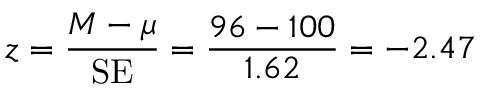
z = { \frac { M - \mu } { \mathrm { S E } } } = { \frac { 9 6 - 1 0 0 } { 1 . 6 2 } } = - 2 . 4 7 \,